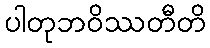
ပါတုဘဝိဿတီတိ